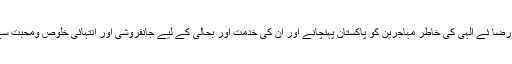
انہوں نے رضا ئے الٰہی کی خاطر مہاجرین کو پاکستان پہنچانے اور ان کی خدمت اور بحالی کے لیے جانفروشی اور انتہائی خلوص ومحبت سے کام کیا۔